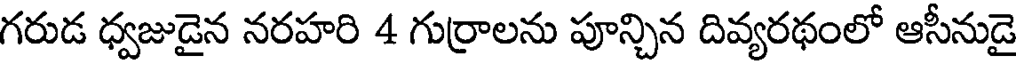
గరుడ ధ్వజుడైన నరహరి 4 గుర్రాలను పూన్చిన దివ్యరథంలో ఆసీనుడై